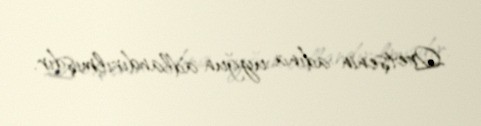
Qretşenin adına uyğun adlandırılmışdır.